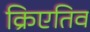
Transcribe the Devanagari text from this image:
क्रिएतिव